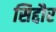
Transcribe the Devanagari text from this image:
सिद्दौर